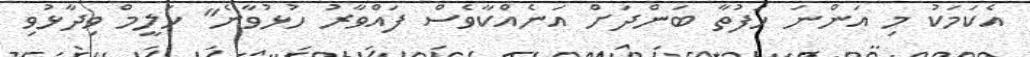
އެކަމަކު މި އަންނަ ހަފުތާ ބަންދަށް އަނެއްކާވެސް ފައްވާރު ހުުޅުވާނެ" ހަލީމް ވިދާޅުވި